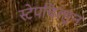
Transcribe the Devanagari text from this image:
स्टेपचिल्ड्रन